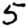
Digit: 5